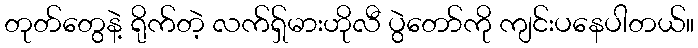
တုတ်တွေနဲ့ ရိုက်တဲ့ လက်ရှ်မားဟိုလီ ပွဲတော်ကို ကျင်းပနေပါတယ်။